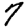
Digit: 7